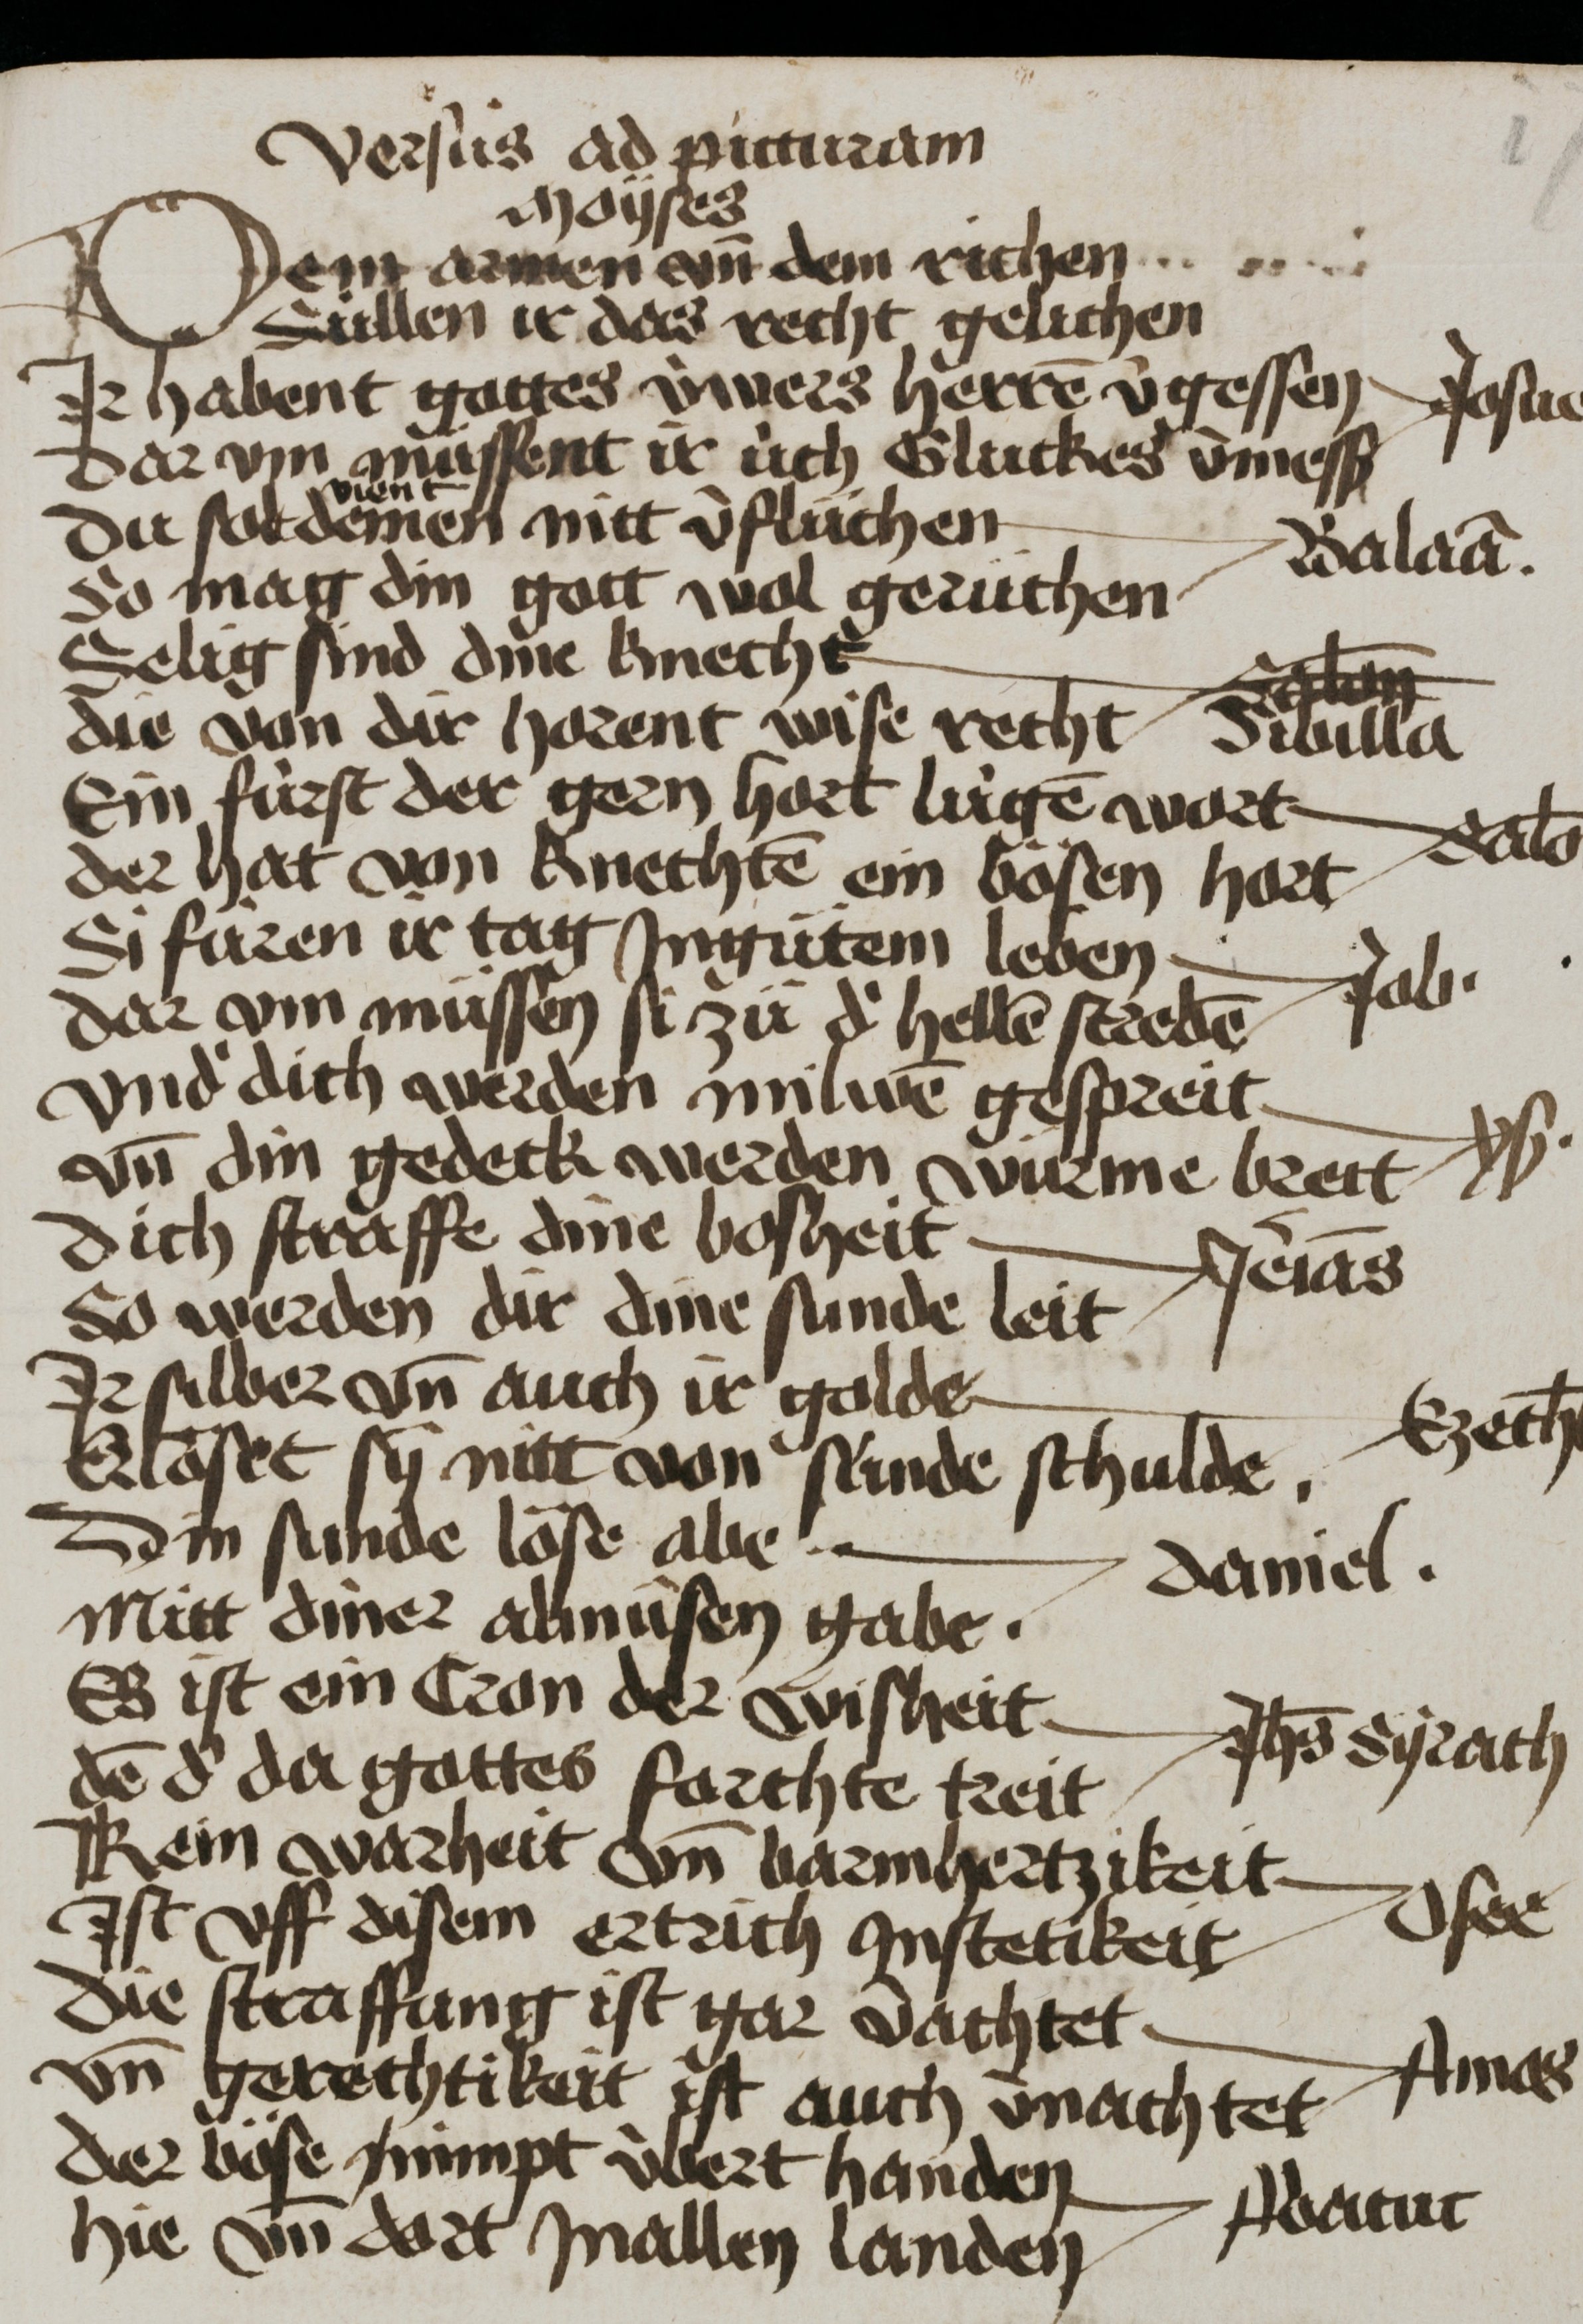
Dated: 1300–1499